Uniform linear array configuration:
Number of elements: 12
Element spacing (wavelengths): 0.75
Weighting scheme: binomial
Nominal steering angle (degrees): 15
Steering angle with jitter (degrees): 13.153
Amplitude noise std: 0.05
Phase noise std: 0.05

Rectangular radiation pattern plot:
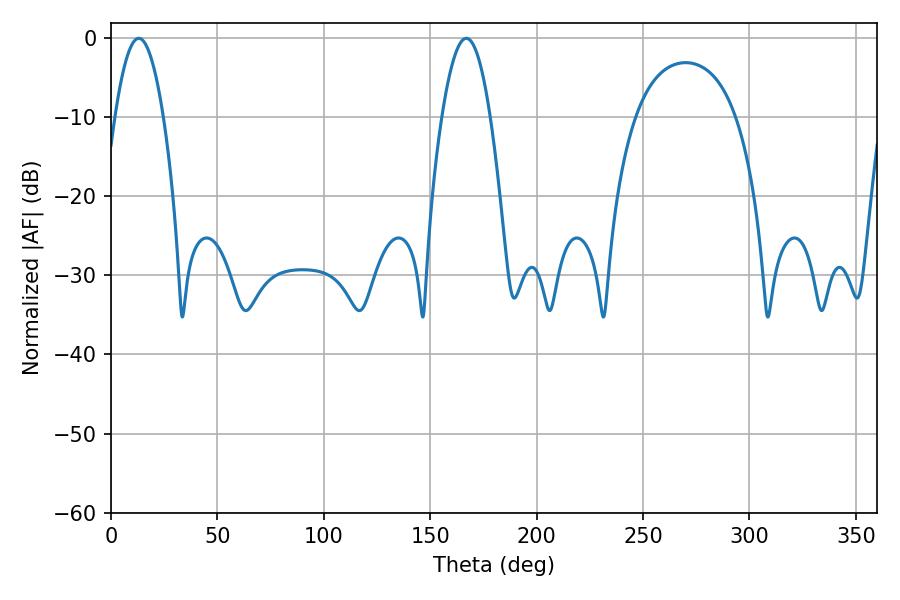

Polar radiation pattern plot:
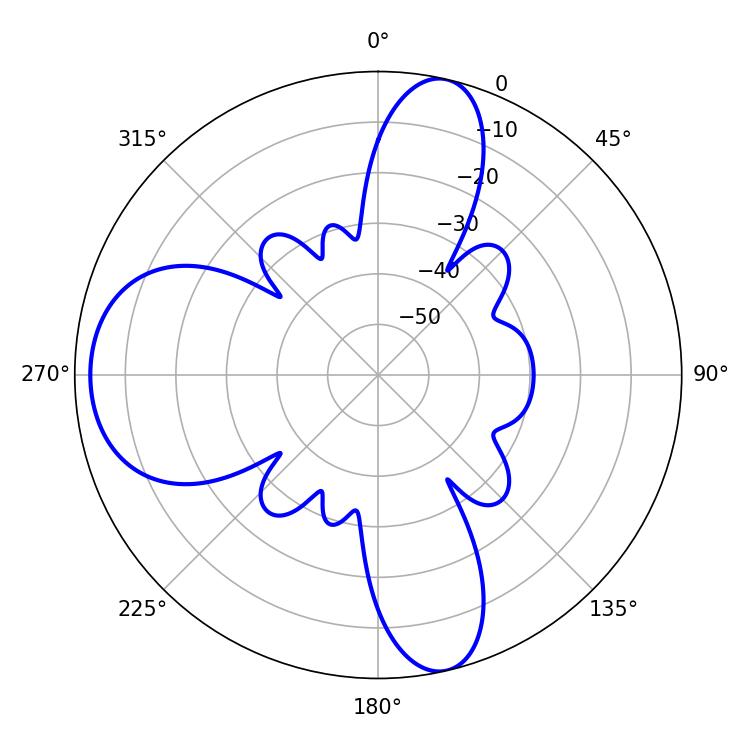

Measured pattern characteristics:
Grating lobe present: TRUE
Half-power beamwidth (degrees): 12.42
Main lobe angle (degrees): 166.86